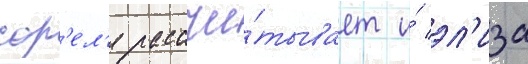
сор'ел'я рассчи́тывает и́ эл'иза